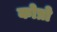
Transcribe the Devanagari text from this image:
कोप्रो